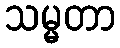
သမ္မတာ